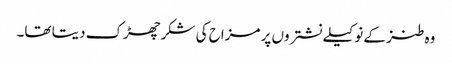
وہ طنز کے نوکیلے نشتروں پر مزاح کی شکر چھڑک دیتا تھا۔